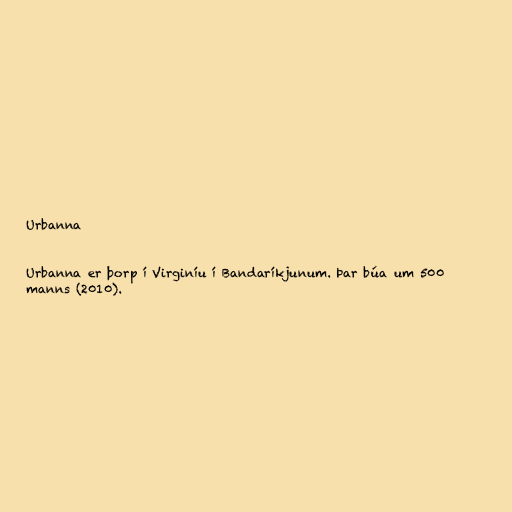
Urbanna

Urbanna er þorp í Virginíu í Bandaríkjunum. Þar búa um 500
manns (2010).